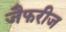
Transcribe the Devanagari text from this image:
जैफरीज